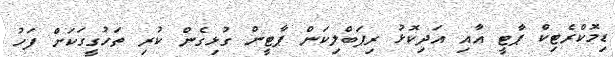
ޑިމޮކްރެޓިކް ޕާޓީ އާއި އަދިކޮޅު ރިޕަބްލިކަން ޕާޓީން ގުޅިގެން ކުރި ތަހުގީގަކަށް ފަހު